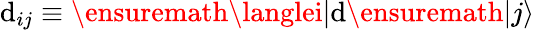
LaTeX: \mathrm{d}_{ij}\equiv\ensuremath{{\langlei|}}\mathrm{d}\ensuremath{{|j\rangle}}